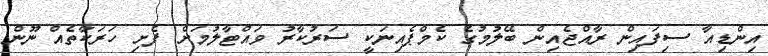
އިންޑިއާ ސިފައިން ރާއްޖެއިން ބޭލުމުގެ ކެމްޕެއިނަކީ ސަރުކާރު ވައްޓާލުމަށް ފެށި ހަރަކާތެއް ނޫން